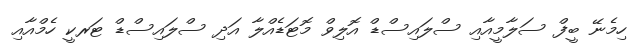
ހިމެނޭ ބީފް ސަލާމީއާއި ސްލައިސްޑް އޮލިވް މޮޓަޑެއްލާ އަދި ސްލައިސްޑް ޓަރކީ ހެމްއާއި